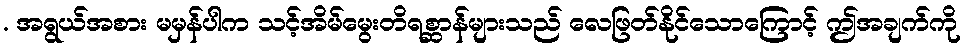
. အရွယ်အစား မမှန်ပါက သင့်အိမ်မွေးတိရစ္ဆာန်များသည် လေဖြတ်နိုင်သောကြောင့် ဤအချက်ကို